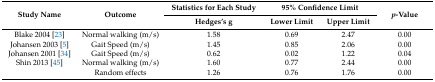
<table><thead><tr><td rowspan="2"><b>Study Name</b></td><td rowspan="2"><b>Outcome</b></td><td><b>Statistics for Each Study</b></td><td colspan="2"><b>95% Confidence Limit</b></td><td rowspan="2"><b><i>p</i>-Value</b></td></tr><tr><td><b>Hedges’s g</b></td><td><b>Lower Limit</b></td><td><b>Upper Limit</b></td></tr></thead><tbody><tr><td>Blake 2004 [23]</td><td>Normal walking (m/s)</td><td>1.58</td><td>0.69</td><td>2.47</td><td>0.00</td></tr><tr><td>Johansen 2003 [5]</td><td>Gait Speed (m/s)</td><td>1.45</td><td>0.85</td><td>2.06</td><td>0.00</td></tr><tr><td>Johansen 2001 [34]</td><td>Gait Speed (m/s)</td><td>0.62</td><td>0.02</td><td>1.22</td><td>0.04</td></tr><tr><td>Shin 2013 [45]</td><td>Normal walking (m/s)</td><td>1.60</td><td>0.77</td><td>2.44</td><td>0.00</td></tr><tr><td></td><td>Random effects</td><td>1.26</td><td>0.76</td><td>1.76</td><td>0.00</td></tr></tbody></table>